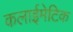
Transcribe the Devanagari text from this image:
कलाईमेटिक